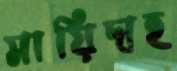
মায়িদাহ